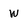
Character: w